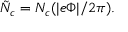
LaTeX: \tilde { N } _ { c } = N _ { c } ( | e \Phi | / 2 \pi ) .